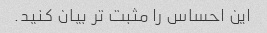
این احساس را مثبت تر بیان کنید.